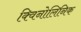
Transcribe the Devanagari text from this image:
क्विनोलिनिक